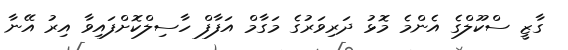
ގާޒީ ސްކޫލްގެ އެންމެ މޮޅު ދަރިވަރުގެ މަގާމް އަފާފް ހާސިލްކޮށްފައިވާ އިރު އޭނާ